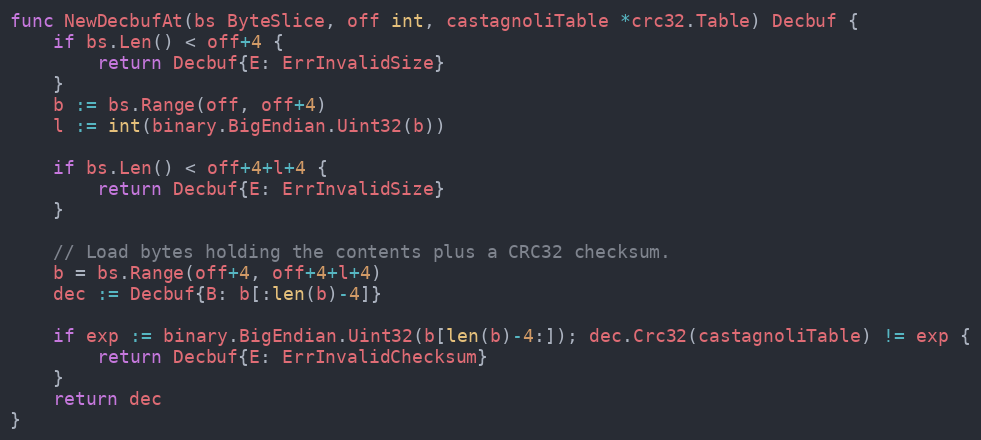
Language: Go
func NewDecbufAt(bs ByteSlice, off int, castagnoliTable *crc32.Table) Decbuf {
	if bs.Len() < off+4 {
		return Decbuf{E: ErrInvalidSize}
	}
	b := bs.Range(off, off+4)
	l := int(binary.BigEndian.Uint32(b))

	if bs.Len() < off+4+l+4 {
		return Decbuf{E: ErrInvalidSize}
	}

	// Load bytes holding the contents plus a CRC32 checksum.
	b = bs.Range(off+4, off+4+l+4)
	dec := Decbuf{B: b[:len(b)-4]}

	if exp := binary.BigEndian.Uint32(b[len(b)-4:]); dec.Crc32(castagnoliTable) != exp {
		return Decbuf{E: ErrInvalidChecksum}
	}
	return dec
}